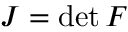
J = \operatorname* { d e t } { \boldsymbol { F } }